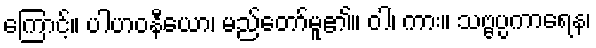
ကြောင့်။ ပါဟဝနီယော၊ မည်တော်မူ၏။ ဝါ၊ ကား။ သဗ္ဗပ္ပကာရေန၊